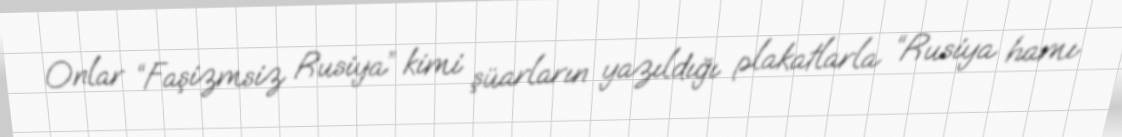
Onlar “Faşizmsiz Rusiya” kimi şüarların yazıldığı plakatlarla “Rusiya hamı